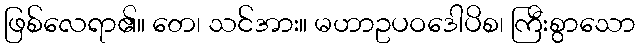
ဖြစ်လေရာ၏။ တေ၊ သင်အား။ မဟာဥပဝဒေါပိစ၊ ကြီးစွာသော